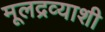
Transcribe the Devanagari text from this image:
मूलद्रव्याशी